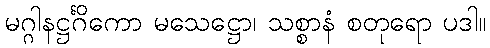
မဂ္ဂါနဋ္ဌင်္ဂိကော မသေဋ္ဌော၊ သစ္စာနံ စတုရော ပဒါ။